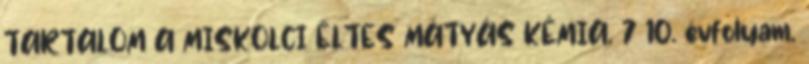
TARTALOM A MISKOLCI ÉLTES MÁTYÁS KÉMIA. 7 10. évfolyam.